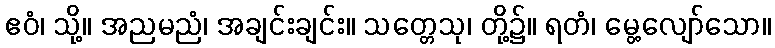
ဧဝံ၊ သို့။ အညမညံ၊ အချင်းချင်း။ သတ္တေသု၊ တို့၌။ ရတံ၊ မွေ့လျော်သော။